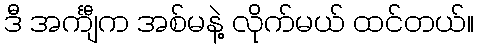
ဒီ အင်္ကျီက အစ်မနဲ့ လိုက်မယ် ထင်တယ်။